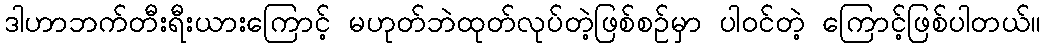
ဒါဟာဘက်တီးရီးယားကြောင့် မဟုတ်ဘဲထုတ်လုပ်တဲ့ဖြစ်စဉ်မှာ ပါဝင်တဲ့ ကြောင့်ဖြစ်ပါတယ်။